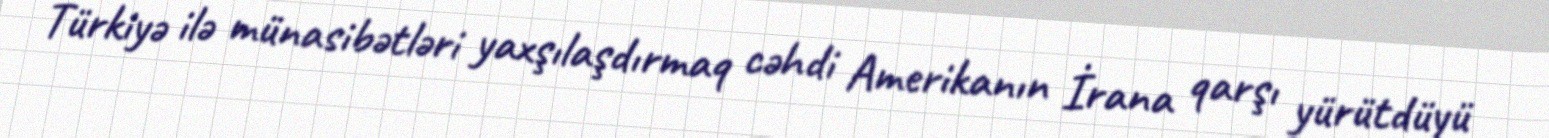
Türkiyə ilə münasibətləri yaxşılaşdırmaq cəhdi Amerikanın İrana qarşı yürütdüyü